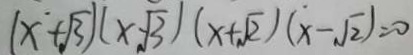
( x + \sqrt { 3 } ) ( x - \sqrt { 3 } ) ( x + \sqrt { 2 } ) ( x - \sqrt { 2 } ) = 0